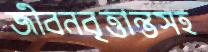
জীবনবৃত্তান্তসহ